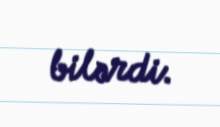
bilərdi.